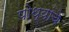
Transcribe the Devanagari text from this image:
पोथ्यांचे